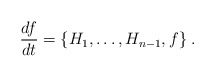
\begin{align*}\frac{df}{dt}=\{H_1,\ldots,H_{n-1},f\}\; .\end{align*}